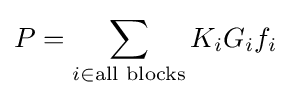
\displaystyle P=\sum _{i\in {\text{all blocks}}}K_{i}G_{i}f_{i}